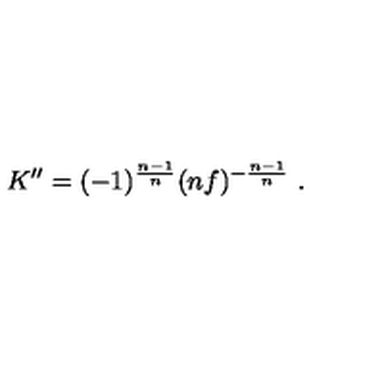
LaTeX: K ^ { \prime \prime } = ( - 1 ) ^ { \frac { n - 1 } { n } } ( n f ) ^ { - \frac { n - 1 } { n } } \ .